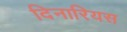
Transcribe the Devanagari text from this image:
दिनारियस